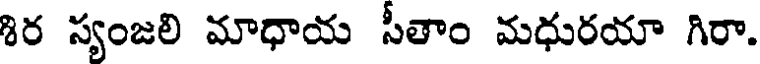
శిర స్యంజలి మాధాయ సీతాం మధురయా గిరా.